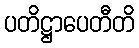
ပတိဋ္ဌာပေတီတိ